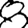
Digit: 8